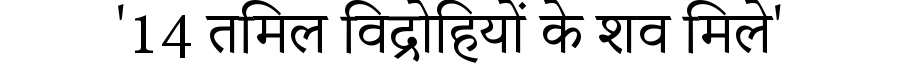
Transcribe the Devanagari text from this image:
'14 तमिल विद्रोहियों के शव मिले'